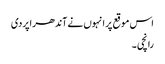
اس موقع پر انہوں نے آندھراپردی
رانچی ۔